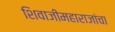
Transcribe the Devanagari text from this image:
शिवाजीमहाराजांचा